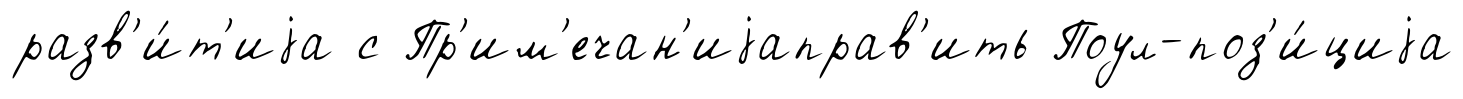
разв'и́т'иjа с Пр'им'ечан'иjаправ'ить Поул-поз'и́циjа